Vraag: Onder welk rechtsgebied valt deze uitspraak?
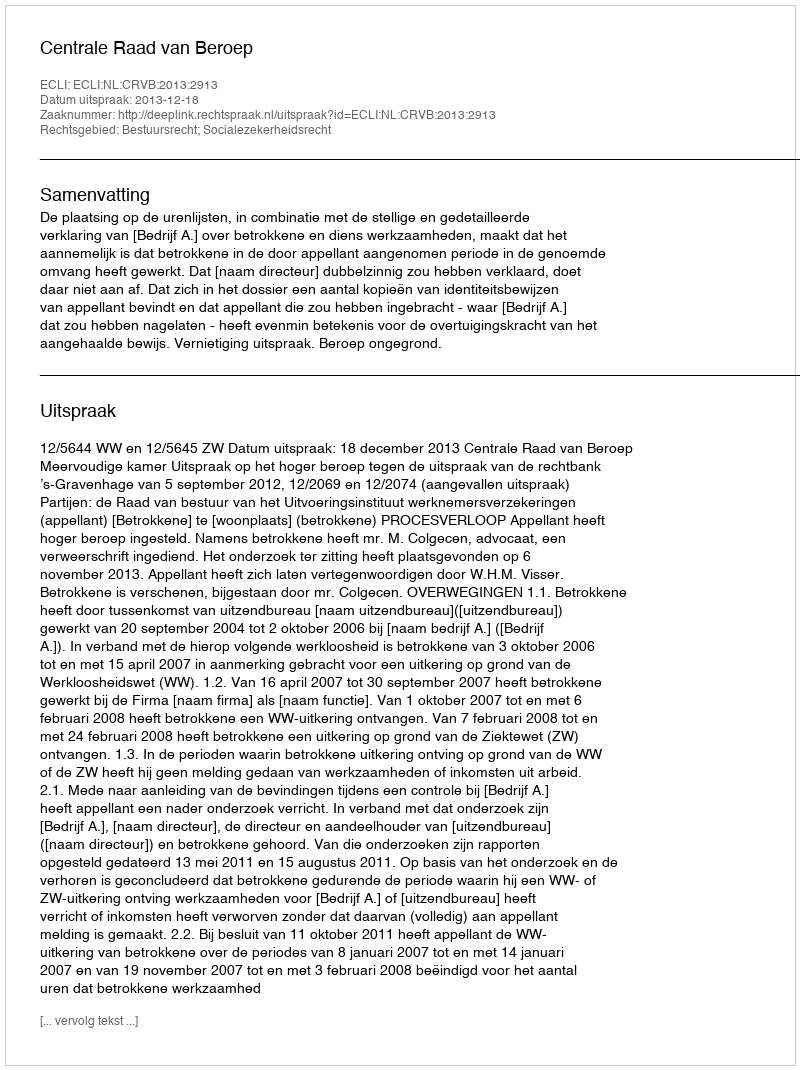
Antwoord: Bestuursrecht; Socialezekerheidsrecht